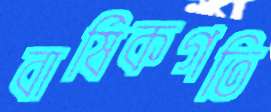
বার্ষিকগতি